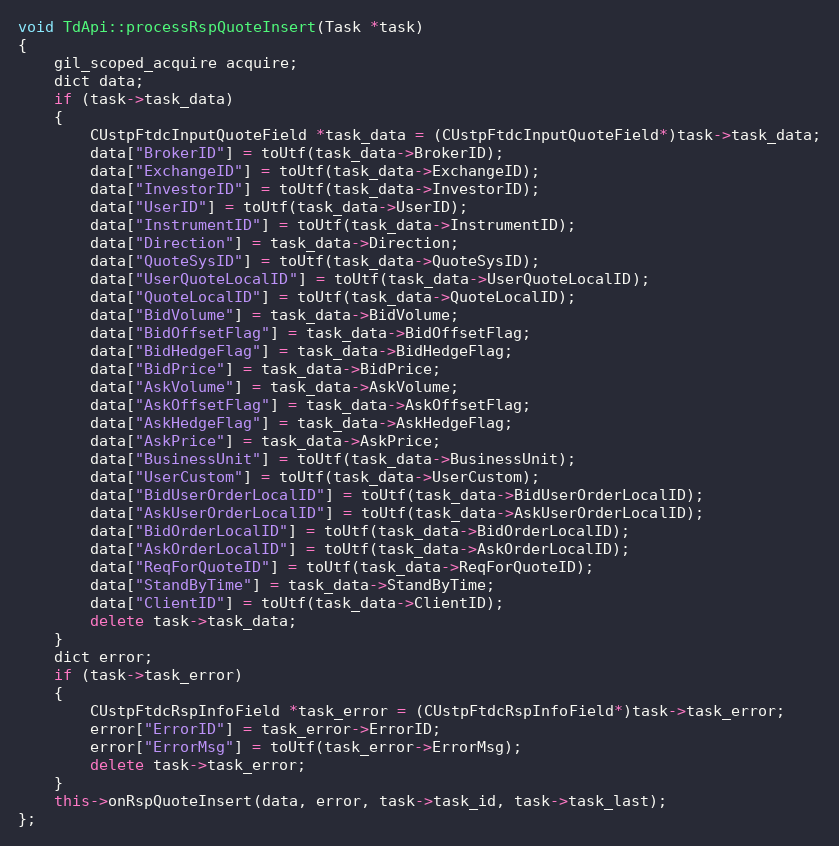
Language: C++
void TdApi::processRspQuoteInsert(Task *task)
{
	gil_scoped_acquire acquire;
	dict data;
	if (task->task_data)
	{
		CUstpFtdcInputQuoteField *task_data = (CUstpFtdcInputQuoteField*)task->task_data;
		data["BrokerID"] = toUtf(task_data->BrokerID);
		data["ExchangeID"] = toUtf(task_data->ExchangeID);
		data["InvestorID"] = toUtf(task_data->InvestorID);
		data["UserID"] = toUtf(task_data->UserID);
		data["InstrumentID"] = toUtf(task_data->InstrumentID);
		data["Direction"] = task_data->Direction;
		data["QuoteSysID"] = toUtf(task_data->QuoteSysID);
		data["UserQuoteLocalID"] = toUtf(task_data->UserQuoteLocalID);
		data["QuoteLocalID"] = toUtf(task_data->QuoteLocalID);
		data["BidVolume"] = task_data->BidVolume;
		data["BidOffsetFlag"] = task_data->BidOffsetFlag;
		data["BidHedgeFlag"] = task_data->BidHedgeFlag;
		data["BidPrice"] = task_data->BidPrice;
		data["AskVolume"] = task_data->AskVolume;
		data["AskOffsetFlag"] = task_data->AskOffsetFlag;
		data["AskHedgeFlag"] = task_data->AskHedgeFlag;
		data["AskPrice"] = task_data->AskPrice;
		data["BusinessUnit"] = toUtf(task_data->BusinessUnit);
		data["UserCustom"] = toUtf(task_data->UserCustom);
		data["BidUserOrderLocalID"] = toUtf(task_data->BidUserOrderLocalID);
		data["AskUserOrderLocalID"] = toUtf(task_data->AskUserOrderLocalID);
		data["BidOrderLocalID"] = toUtf(task_data->BidOrderLocalID);
		data["AskOrderLocalID"] = toUtf(task_data->AskOrderLocalID);
		data["ReqForQuoteID"] = toUtf(task_data->ReqForQuoteID);
		data["StandByTime"] = task_data->StandByTime;
		data["ClientID"] = toUtf(task_data->ClientID);
		delete task->task_data;
	}
	dict error;
	if (task->task_error)
	{
		CUstpFtdcRspInfoField *task_error = (CUstpFtdcRspInfoField*)task->task_error;
		error["ErrorID"] = task_error->ErrorID;
		error["ErrorMsg"] = toUtf(task_error->ErrorMsg);
		delete task->task_error;
	}
	this->onRspQuoteInsert(data, error, task->task_id, task->task_last);
};